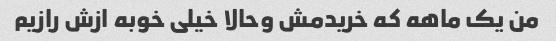
من یک ماهه که خریدمش وحالا خیلی خوبه ازش رازیم